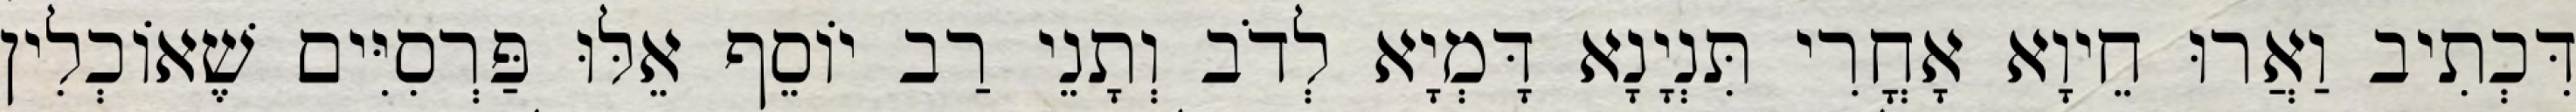
דִּכְתִיב וַאֲרוּ חֵיוָא אָחֳרִי תִּנְיָנָא דָּמְיָא לְדֹב וְתָנֵי רַב יוֹסֵף אֵלּוּ פַּרְסִיִּים שֶׁאוֹכְלִין